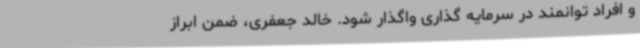
و افراد توانمند در سرمایه گذاری واگذار شود. خالد جعفری، ضمن ابراز